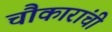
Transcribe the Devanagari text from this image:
चौकारांची